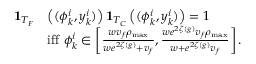
\begin{array} { r l } { \mathbf { 1 } _ { T _ { F } } } & { \left( ( \phi _ { k } ^ { i } , y _ { k } ^ { i } ) \right) \mathbf { 1 } _ { T _ { C } } \left( ( \phi _ { k } ^ { i } , y _ { k } ^ { i } ) \right) = 1 } \\ & { \mathrm { i f f } \ \phi _ { k } ^ { i } \in \left[ \frac { w v _ { f } \rho _ { \operatorname* { m a x } } } { w e ^ { 2 \zeta ( g ) } + v _ { f } } , \frac { w e ^ { 2 \zeta ( g ) } v _ { f } \rho _ { \operatorname* { m a x } } } { w + e ^ { 2 \zeta ( g ) } v _ { f } } \right] . } \end{array}